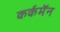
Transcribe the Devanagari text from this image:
कर्कमॅन